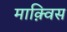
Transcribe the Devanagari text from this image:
माक़्विस